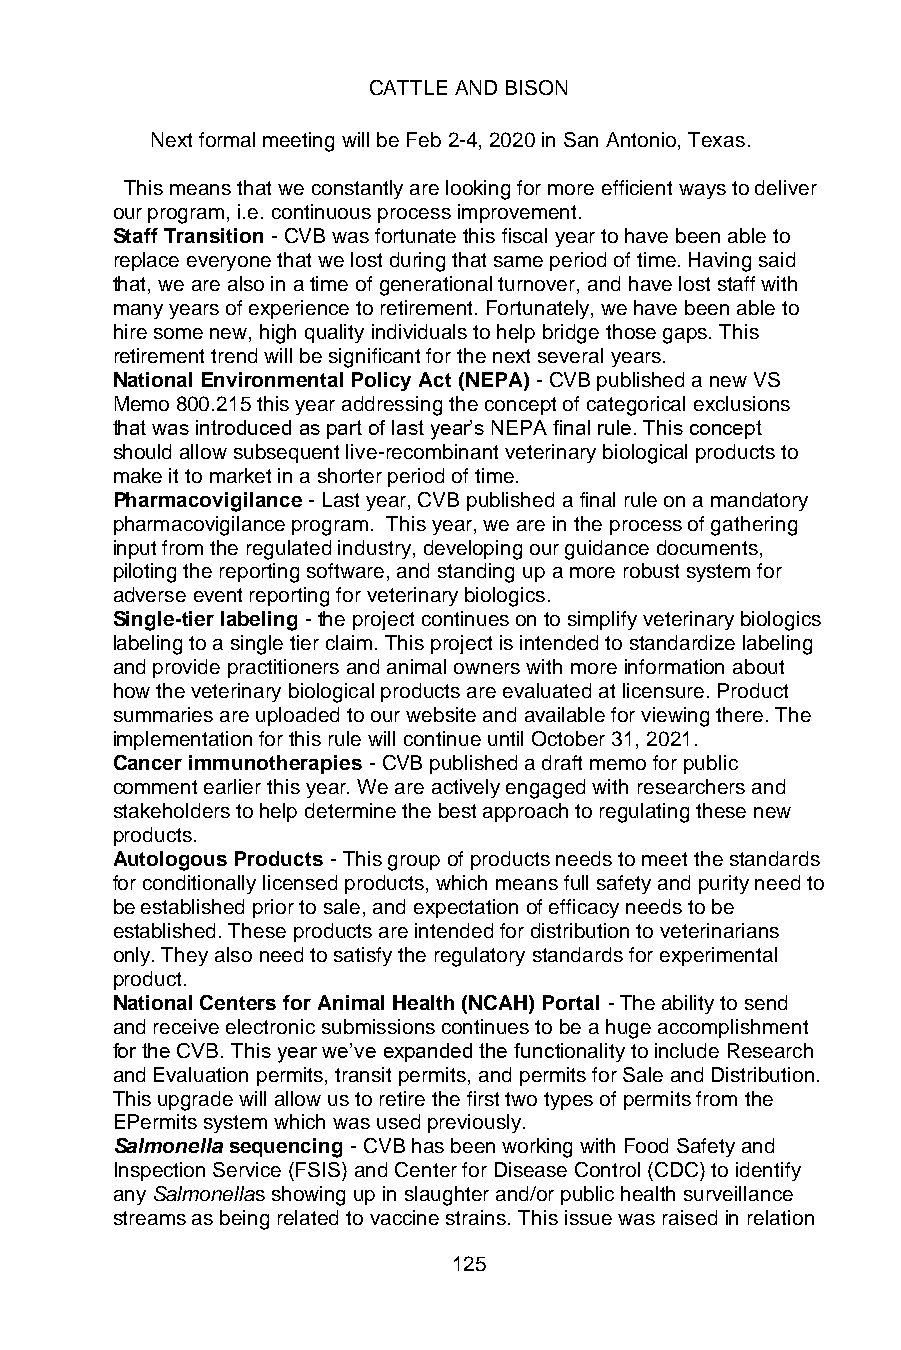
CATTLE AND BISON
 Next formal meeting will be Feb 2-4, 2020 in San Antonio, Texas.
 This means that we constantly are looking for more efficient ways to deliver
 our program, i.e. continuous process improvement.
 Staff Transition - CVB was fortunate this fiscal year to have been able to
 replace everyone that we lost during that same period of time. Having said
 that, we are also in a time of generational turnover, and have lost staff with
 many years of experience to retirement. Fortunately, we have been able to
 hire some new, high quality individuals to help bridge those gaps. This
 retirement trend will be significant for the next several years.
 National Environmental Policy Act (NEPA) - CVB published a new VS
 Memo 800.215 this year addressing the concept of categorical exclusions
 that was introduced as part of last year’s NEPA final rule. This concept
 should allow subsequent live-recombinant veterinary biological products to
 make it to market in a shorter period of time.
 Pharmacovigilance - Last year, CVB published a final rule on a mandatory
 pharmacovigilance program. This year, we are in the process of gathering
 input from the regulated industry, developing our guidance documents,
 piloting the reporting software, and standing up a more robust system for
 adverse event reporting for veterinary biologics.
 Single-tier labeling - the project continues on to simplify veterinary biologics
 labeling to a single tier claim. This project is intended to standardize labeling
 and provide practitioners and animal owners with more information about
 how the veterinary biological products are evaluated at licensure. Product
 summaries are uploaded to our website and available for viewing there. The
 implementation for this rule will continue until October 31, 2021.
 Cancer immunotherapies - CVB published a draft memo for public
 comment earlier this year. We are actively engaged with researchers and
 stakeholders to help determine the best approach to regulating these new
 products.
 Autologous Products - This group of products needs to meet the standards
 for conditionally licensed products, which means full safety and purity need to
 be established prior to sale, and expectation of efficacy needs to be
 established. These products are intended for distribution to veterinarians
 only. They also need to satisfy the regulatory standards for experimental
 product.
 National Centers for Animal Health (NCAH) Portal - The ability to send
 and receive electronic submissions continues to be a huge accomplishment
 for the CVB. This year we’ve expanded the functionality to include Research
 and Evaluation permits, transit permits, and permits for Sale and Distribution.
 This upgrade will allow us to retire the first two types of permits from the
 EPermits system which was used previously.
 Salmonella sequencing - CVB has been working with Food Safety and
 Inspection Service (FSIS) and Center for Disease Control (CDC) to identify
 any Salmonellas showing up in slaughter and/or public health surveillance
 streams as being related to vaccine strains. This issue was raised in relation
 125